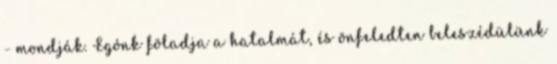
- mondják. Egónk föladja a hatalmát, és önfeledten beleszédülünk